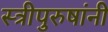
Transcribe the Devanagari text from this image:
स्त्रीपुरुषांनी